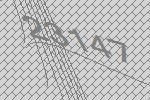
23147